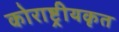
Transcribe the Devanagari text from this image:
कोराष्ट्रीयकृत